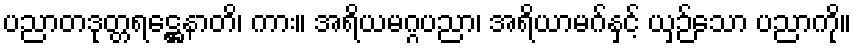
ပညာတဒုတ္တရဋ္ဌေနာတိ၊ ကား။ အရိယမဂ္ဂပညာ၊ အရိယာမဂ်နှင့် ယှဉ်သော ပညာကို။